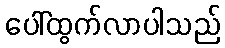
ပေါ်ထွက်လာပါသည်